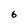
Character: 6